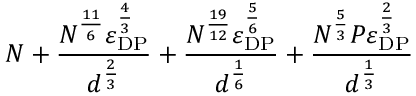
N + \frac { N ^ { \frac { 1 1 } { 6 } } \varepsilon _ { \mathrm { D P } } ^ { \frac { 4 } { 3 } } } { d ^ { \frac { 2 } { 3 } } } + \frac { N ^ { \frac { 1 9 } { 1 2 } } \varepsilon _ { \mathrm { D P } } ^ { \frac { 5 } { 6 } } } { d ^ { \frac { 1 } { 6 } } } + \frac { N ^ { \frac { 5 } { 3 } } P \varepsilon _ { \mathrm { D P } } ^ { \frac { 2 } { 3 } } } { d ^ { \frac { 1 } { 3 } } }